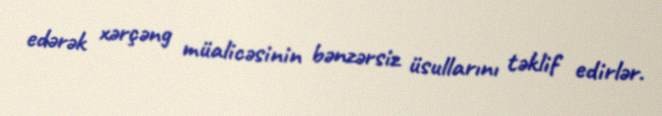
edərək xərçəng müalicəsinin bənzərsiz üsullarını təklif edirlər.